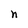
Character: n